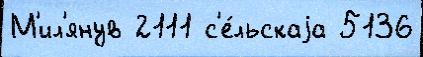
М'ил'янув 2111 с'е́льскаjа 5136